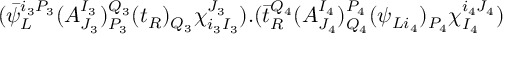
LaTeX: ( \bar { \psi } _ { L } ^ { i _ { 3 } P _ { 3 } } ( A _ { J _ { 3 } } ^ { I _ { 3 } } ) _ { P _ { 3 } } ^ { Q _ { 3 } } ( t _ { R } ) _ { Q _ { 3 } } \chi _ { i _ { 3 } I _ { 3 } } ^ { J _ { 3 } } ) . ( \bar { t } _ { R } ^ { Q _ { 4 } } ( A _ { J _ { 4 } } ^ { I _ { 4 } } ) _ { Q _ { 4 } } ^ { P _ { 4 } } ( \psi _ { L i _ { 4 } } ) _ { P _ { 4 } } \chi _ { I _ { 4 } } ^ { i _ { 4 } J _ { 4 } } )